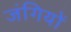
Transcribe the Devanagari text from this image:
जंगियों